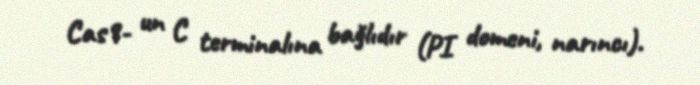
Cas9- un C terminalına bağlıdır (PI domeni, narıncı).